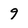
Character: 9